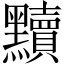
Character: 黷